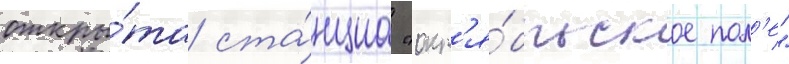
откры́та ста́нциа "окт'я́брьское пол'е"